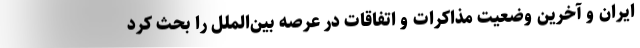
ایران و آخرین وضعیت مذاکرات و اتفاقات در عرصه بین‌الملل را بحث کرد